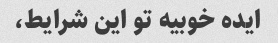
ایده خوبیه تو این شرایط،